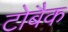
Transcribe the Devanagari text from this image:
टोबैक